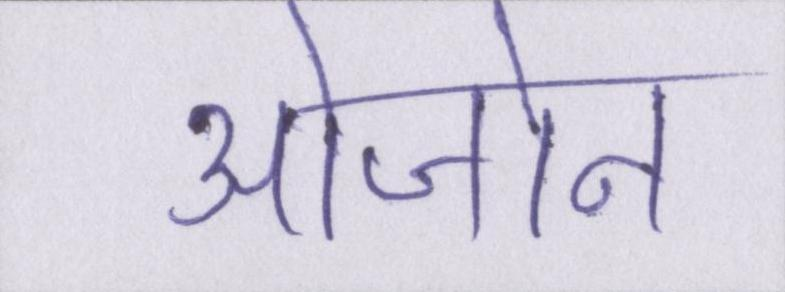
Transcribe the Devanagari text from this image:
ओजोन